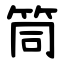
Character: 筒